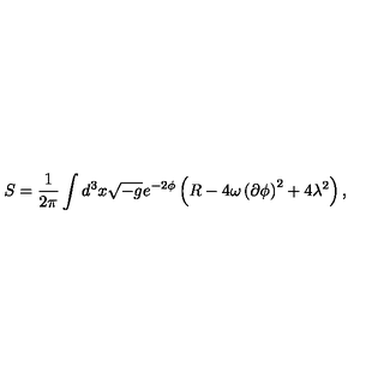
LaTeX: S = \frac { 1 } { 2 \pi } \int d ^ { 3 } x \sqrt { - g } e ^ { - 2 \phi } \left( R - 4 \omega \left( \partial \phi \right) ^ { 2 } + 4 \lambda ^ { 2 } \right) ,